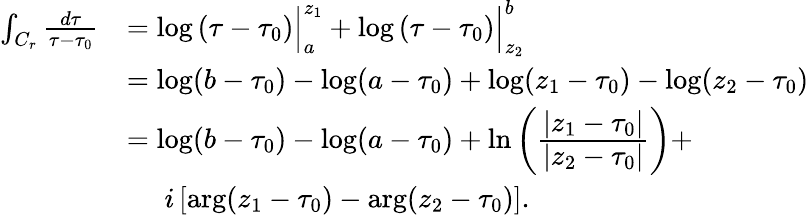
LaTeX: \begin{array}{rl}{\int_{C_{r}}\frac{d\tau}{\tau-\tau_{0}}}&{=\log\left(\tau-\tau_{0}\right)\Big|_{a}^{z_{1}}+\log\left(\tau-\tau_{0}\right)\Big|_{z_{2}}^{b}}\\ &{=\log(b-\tau_{0})-\log(a-\tau_{0})+\log(z_{1}-\tau_{0})-\log(z_{2}-\tau_{0})}\\ &{=\log(b-\tau_{0})-\log(a-\tau_{0})+\ln\left(\frac{\displaystyle\left\lvert z_{1}-\tau_{0}\right\rvert}{\displaystyle\left\lvert z_{2}-\tau_{0}\right\rvert}\right)+}\\ &{\quad\, \, i\left[\arg(z_{1}-\tau_{0})-\arg(z_{2}-\tau_{0})\right].}\end{array}